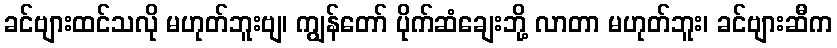
ခင်ဗျားထင်သလို မဟုတ်ဘူးဗျ၊ ကျွန်တော် ပိုက်ဆံချေးဘို့ လာတာ မဟုတ်ဘူး၊ ခင်ဗျားဆီက